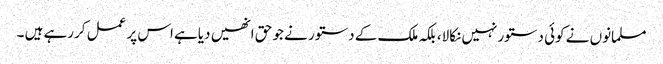
مسلمانوں نے کوئی دستورنہیں نکالا، بلکہ ملک کے دستور نے جو حق انھیں دیاہے اس پر عمل کررہے ہیں ۔